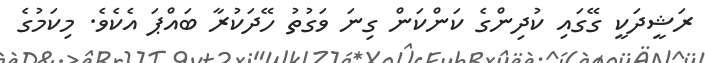
ރަޝީދަކީ ގޭގައި ކުދިންގެ ކަންކަން ގިނަ ވަގުތު ހޭދަކުރާ ބައްޕަ އެެކެވެ. މިކަމުގެ